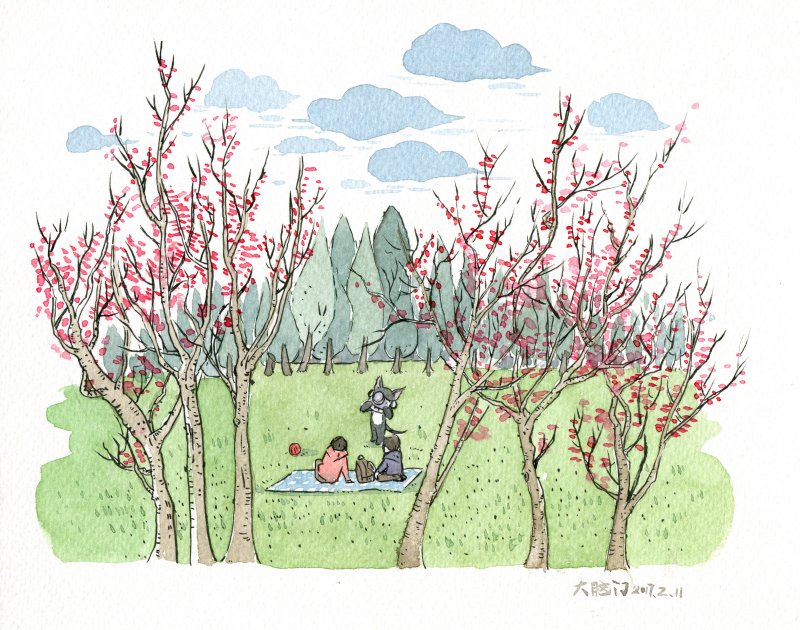
不似天涯，卷起杨花似雪花。